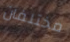
مختلفان